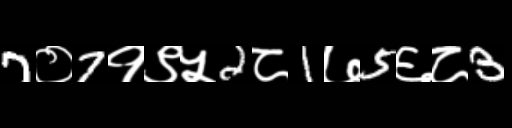
Text: 7०7१९५2८1७5६८3